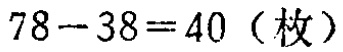
\(78 - 38 = 40\)（枚）